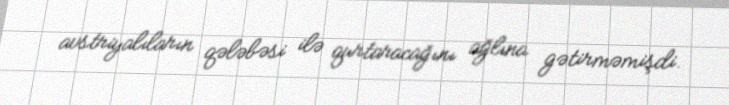
avstriyalıların qələbəsi ilə qurtaracağını ağlına gətirməmişdi.